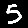
Digit: 5